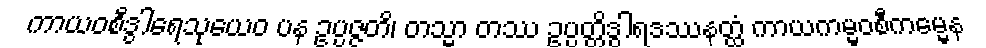
ကာယဝစီဒွါရေသုယေဝ ပန ဥပ္ပဇ္ဇတိ၊ တသ္မာ တဿ ဥပ္ပတ္တိဒွါရဒဿနတ္ထံ ကာယကမ္မဝစီကမ္မေန